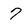
Character: 7